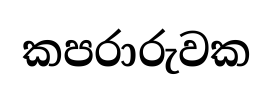
කපරාරුවක